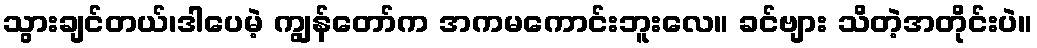
သွားချင်တယ်၊ဒါပေမဲ့ ကျွန်တော်က အကမကောင်းဘူးလေ။ ခင်ဗျား သိတဲ့အတိုင်းပဲ။